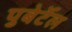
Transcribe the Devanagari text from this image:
पुबेर्टेल